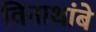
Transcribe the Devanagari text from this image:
विनाथांबे